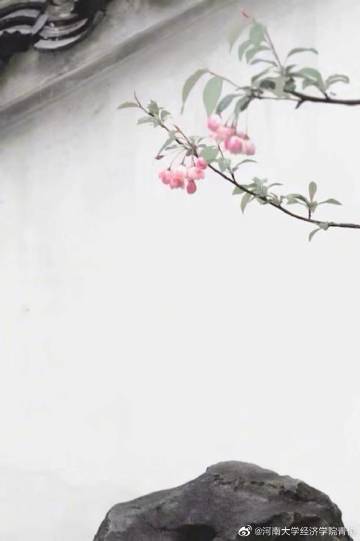
漠漠梨花烂漫，纷纷柳絮飞残。